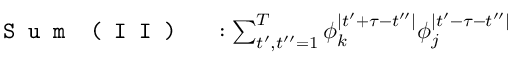
\begin{array} { r l } { \texttt { S u m } \texttt { ( I I ) } } & { { } : \sum _ { t ^ { \prime } , t ^ { \prime \prime } = 1 } ^ { T } \phi _ { k } ^ { \mid t ^ { \prime } + \tau - t ^ { \prime \prime } \mid } \phi _ { j } ^ { \mid t ^ { \prime } - \tau - t ^ { \prime \prime } \mid } } \end{array}